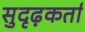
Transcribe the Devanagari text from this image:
सुदृढ़कर्ता